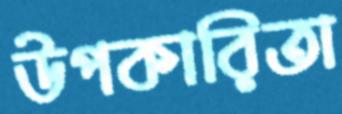
উপকারিতা